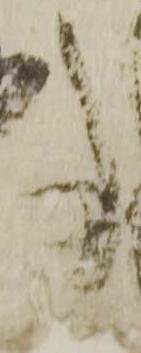
事